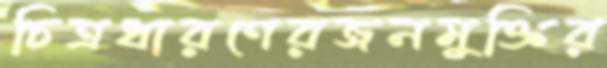
চিত্রধারণেরজনমুক্তির